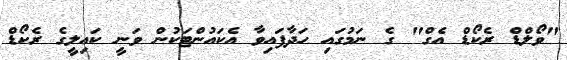
"ވޯލްޑް ރެކޯޑް އެގް" ގެ ނަމުގައި ހަދާފައިވާ އެކައުންޓަކުން ވަނީ ކައިލީގެ ރެކޯޑް